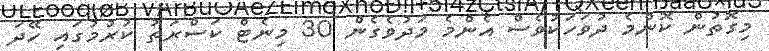
މިގޮތުން ކޮންމެ ދުވަހަކުވެސް އެންމެ މަދުވެގެން 30 މިނެޓް ކަސްރަތު ކުރުމުގައި ހޭދަ